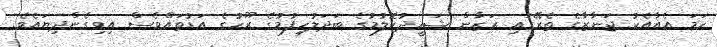
ހަމަ އެއާއެކު ޖަނާޒާގެ ތެރޭގައި ރަޒާން ޝަހީދުކޮލުމުގެ ބަދަލުހިފުމުގެ ރޫހުގެ އަޑުތައްވެސް އިވިގެންދިޔައެވެ.